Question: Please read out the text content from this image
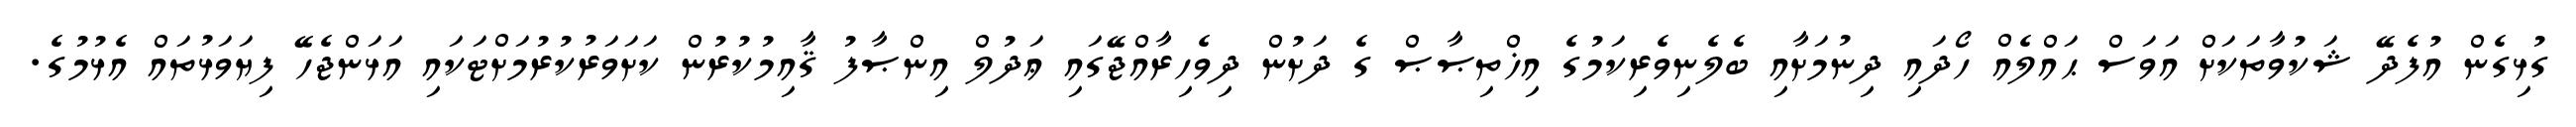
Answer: ގުޅިގެން އުފެދޭ ޝަކުވާތަކަށް އަވަސް ޙައްލެއް ހޯދައި ދިނުމަށާއި ބެލެނިވެރިކަމުގެ އިޚްތިޞާޞް ގެ ދަށުން ދިވެހިރާއްޖޭގައި ޢަދުލް އިންޞާފު ޤާއިމުކުރުން ކަށަވަރުކުރުމަށްޓަކައި އަޅަންޖެހޭ ފިޔަވަޅުތައް އެޅުމުގެ.